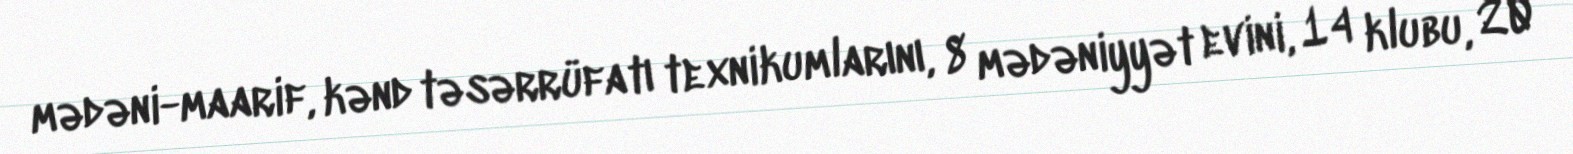
mədəni-maarif, kənd təsərrüfatı texnikumlarını, 8 mədəniyyət evini, 14 klubu, 20